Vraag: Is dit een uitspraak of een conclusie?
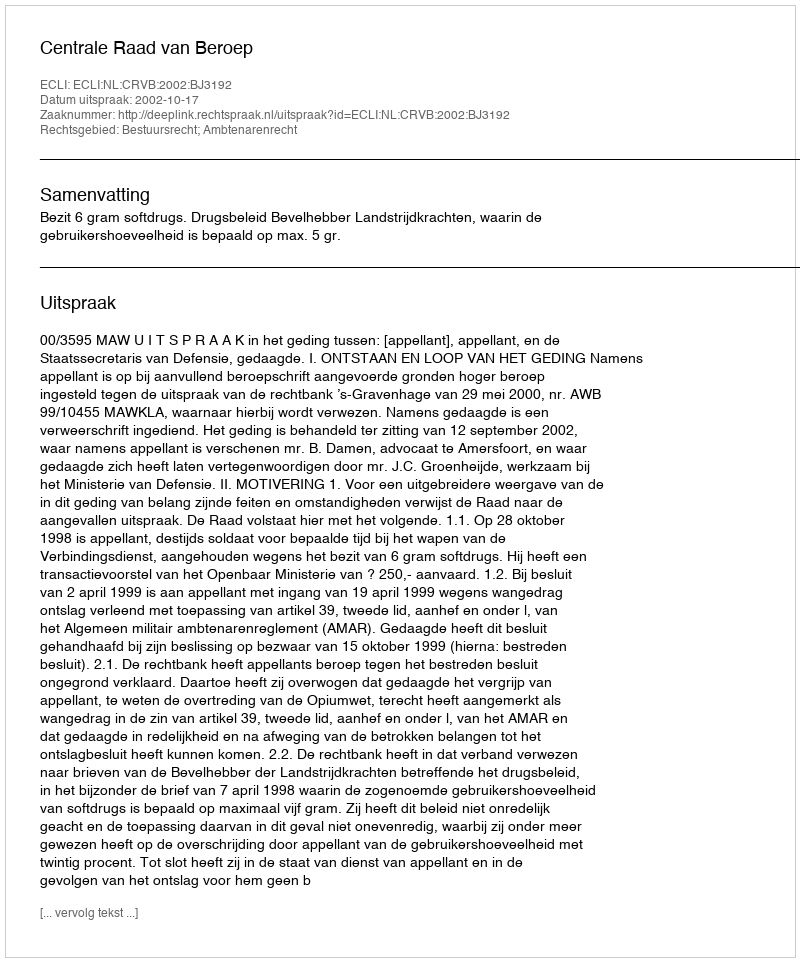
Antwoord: Uitspraak